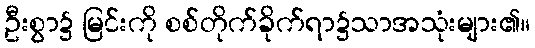
ဦးစွာ၌ မြင်းကို စစ်တိုက်ခိုက်ရာ၌သာအသုံးများ၏။